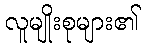
လူမျိုးစုများ၏